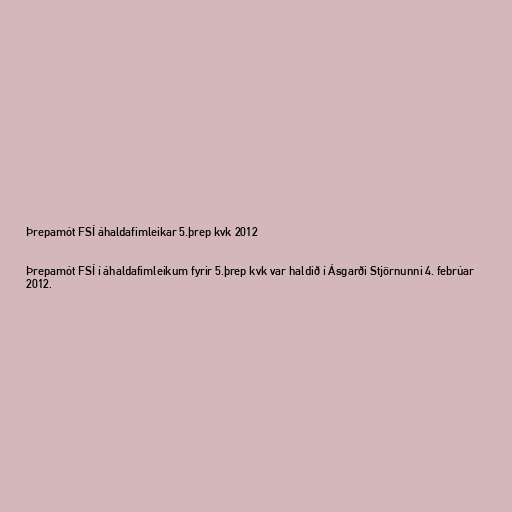
Þrepamót FSÍ áhaldafimleikar 5.þrep kvk 2012

Þrepamót FSÍ í áhaldafimleikum fyrir 5.þrep kvk var haldið í Ásgarði Stjörnunni 4. febrúar
2012.